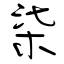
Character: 柒